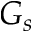
G _ { s }